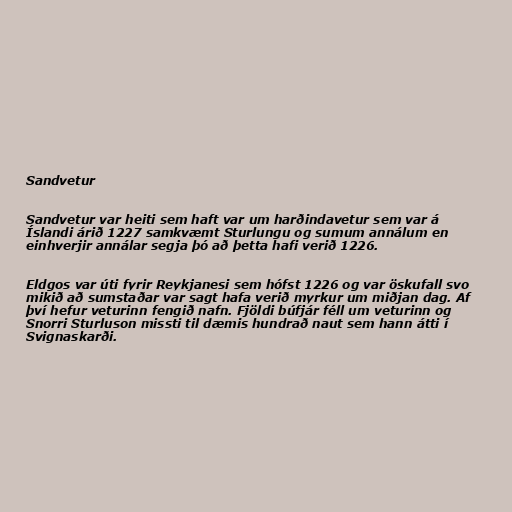
Sandvetur

Sandvetur var heiti sem haft var um harðindavetur sem var á
Íslandi árið 1227 samkvæmt Sturlungu og sumum annálum en
einhverjir annálar segja þó að þetta hafi verið 1226.

Eldgos var úti fyrir Reykjanesi sem hófst 1226 og var öskufall svo
mikið að sumstaðar var sagt hafa verið myrkur um miðjan dag. Af
því hefur veturinn fengið nafn. Fjöldi búfjár féll um veturinn og
Snorri Sturluson missti til dæmis hundrað naut sem hann átti í
Svignaskarði.